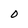
Character: 0